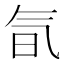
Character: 氜